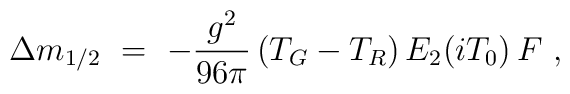
\Delta m_{1/2}\ =\ -{g^2 \over 96 \pi}\,(T_G - T_R)\,E_2(iT_0) \,F\ ,